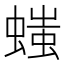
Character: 𧏬